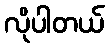
လိုပါတယ်